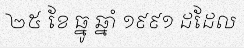
២៥ ខែ ធ្នូ ឆ្នាំ ១៩៩១ ដដែល